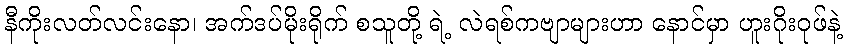
နီကိုးလတ်လင်းနော၊ အက်ဒပ်မိုးရိုက် စသူတို့ ရဲ့ လဲရစ်ကဗျာများဟာ နောင်မှာ ဟူးဂိုးဝုဖ်နဲ့